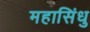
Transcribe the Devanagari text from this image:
महासिंधु